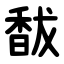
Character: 馛